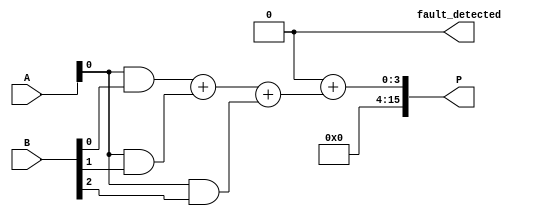
module Fault_Tolerant_Wallace_Tree_Multiplier #(parameter N = 8) (
    input [N-1:0] A,
    input [N-1:0] B,
    output reg [2*N-1:0] P,
    output reg fault_detected // Output to indicate if a fault occurred
);

    // Generate partial products (ANDing each bit)
    wire [N-1:0] pp [0:N-1]; // Matrix to hold partial products
    genvar i, j;
    generate
        for (i = 0; i < N; i = i + 1) begin : GENERATE_PARTIAL_PRODUCTS
            for (j = 0; j < N; j = j + 1) begin : GENERATE_PP
                assign pp[i][j] = A[i] & B[j];
            end
        end
    endgenerate

    // Reduction stage (Wallace Tree)
    wire [N-1:0] sum [0:N-1]; // Sums of partial products rows
    wire [N-1:0] carry [0:N-1]; // Carries for adders
    wire [2*N:0] final_sum; // Final sum for the output calculation

    // Wallace Tree reduction logic
    integer k;
    always @(*) begin
        // Initialize carries and sums
        for (k = 0; k < N; k = k + 1) begin
            carry[k] = 0;
            sum[k] = pp[0][k]; // Start with the first row of partial products
        end

        // Combine the matrix in groups of 3
        for (k = 0; k < N; k = k + 1) begin
            if (k % 3 == 0 && k + 2 < N) begin
                // Use full adders or half adders to reduce the rows
                {carry[k], sum[k]} = sum[k] + sum[k + 1] + sum[k + 2];
            end
        end

        // Final addition stage (Last row of reduced outputs)
        P = carry[0] + sum[0];
        
        // Placeholder for the fault detection mechanism
        fault_detected = 0; // Adjust logic to set this signal if a fault is detected
    end

endmodule